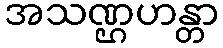
အသဏ္ဌဟန္တာ